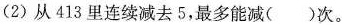
(2)从413里连续减去5，最多能减()次。